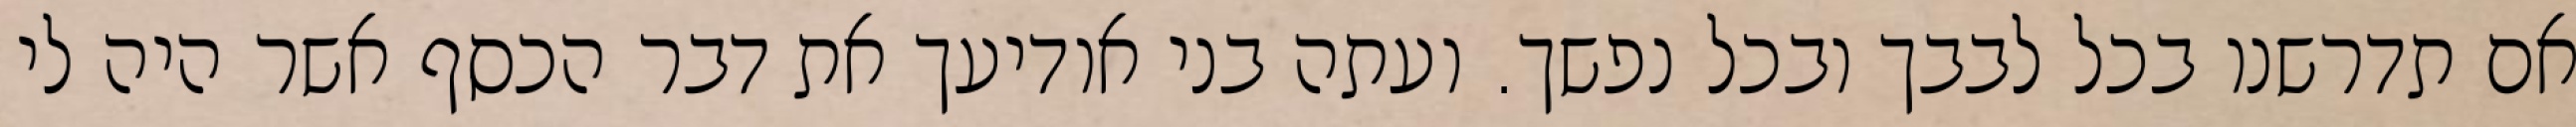
אם תדרשנו בכל לבבך ובכל נפשך. ועתה בני אודיעך את דבר הכסף אשר היה לי